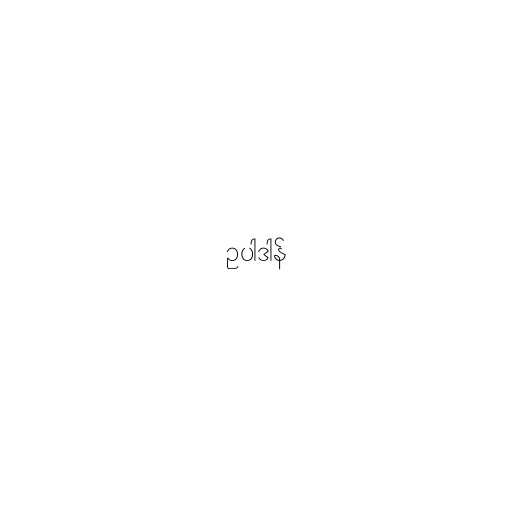
ဥပါဒါန်